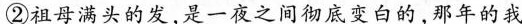
②祖母满头的发，是一夜之间彻底变白的，那年的我